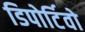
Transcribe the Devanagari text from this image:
डिपोर्टिवो